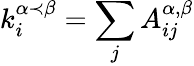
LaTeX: k_{i}^{\alpha\prec\beta}=\sum_{j}{A_{ij}^{\alpha,\beta}}